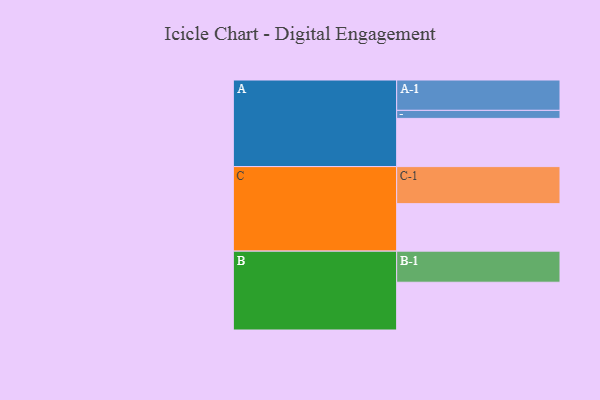
{"axis": {"x": "Segment", "y": "Value"}, "legend": ["", "A", "B", "C"], "data": [{"x": "A", "y": 324, "type": ""}, {"x": "B", "y": 321, "type": ""}, {"x": "C", "y": 319, "type": ""}, {"x": "A-1", "y": 204, "type": "A"}, {"x": "A-2", "y": 54, "type": "A"}, {"x": "B-1", "y": 209, "type": "B"}, {"x": "C-1", "y": 249, "type": "C"}]}